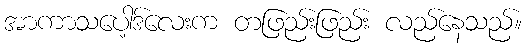
အာကာသပေါ့ဒ်လေးက တဖြည်းဖြည်း လည်နေသည်။